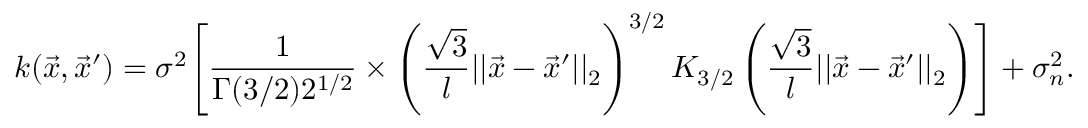
k ( \vec { x } , \vec { x } ^ { \prime } ) = \sigma ^ { 2 } \Biggl [ \frac { 1 } { \Gamma ( { 3 / 2 } ) 2 ^ { { 1 / 2 } } } \times \left( \frac { \sqrt { 3 } } { l } | | \vec { x } - \vec { x } ^ { \prime } | | _ { 2 } \right) ^ { 3 / 2 } K _ { 3 / 2 } \left( \frac { \sqrt { 3 } } { l } | | \vec { x } - \vec { x } ^ { \prime } | | _ { 2 } \right) \Biggr ] + \sigma _ { n } ^ { 2 } .